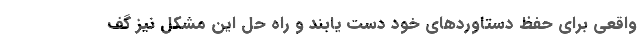
واقعی برای حفظ دستاورد‌های خود دست یابند و راه حل این مشکل نیز گف